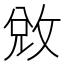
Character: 敓